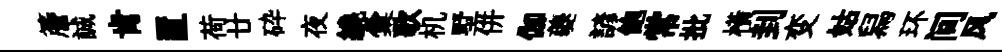
簷誠肯置荷廿砕夜繞彙歌机墅併伽夔諺飽常批橫刲变姑舄环间风